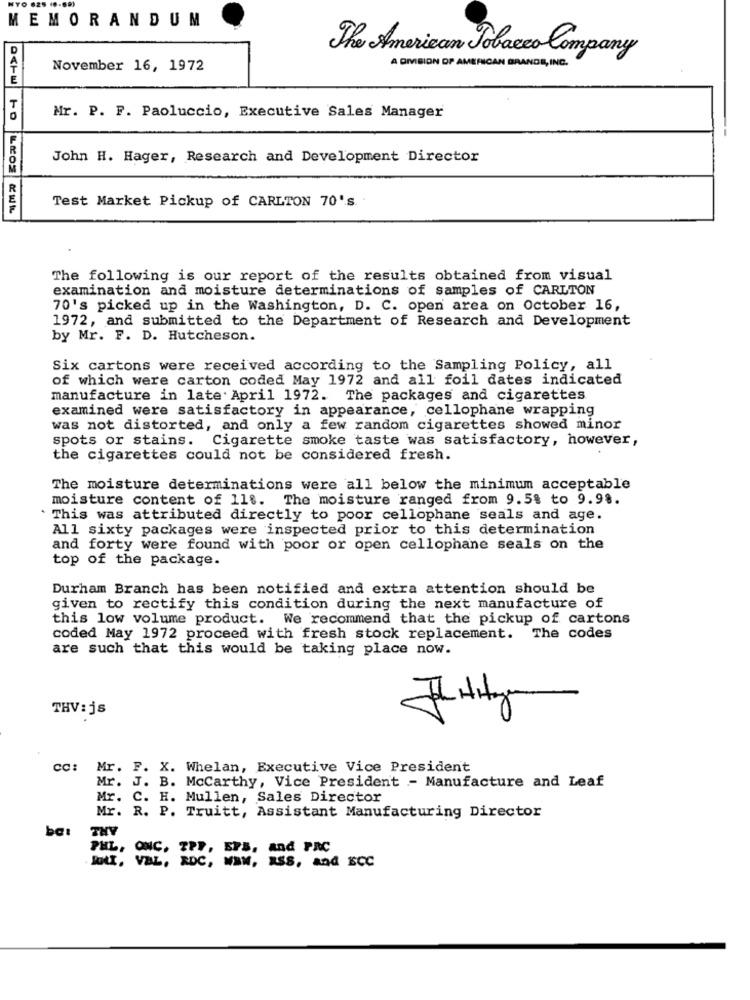
MEMORANDUM
The American Tobacco Company
November 16, 1972
A DIVISION OF AMERICAN GRANDE, INC.
Mr. P. F. Paoluccio, Executive Sales Manager
John H. Hager, Research and Development Director
Test Market Pickup of CARLTON 70's
The following is our report of the results obtained from visual
examination and moisture determinations of samples of CARLTON
70's picked up in the Washington, D. C. open area on October 16,
1972, and submitted to the Department of Research and Development
by Mr. F. D. Hutcheson.
Six cartons were received according to the Sampling Policy, all
of which were carton coded May 1972 and all foil dates indicated
manufacture in late April 1972. The packages and cigarettes
examined were satisfactory in appearance, cellophane wrapping
was not distorted, and only a few random cigarettes showed minor
spots or stains. Cigarette smoke taste was satisfactory, however,
the cigarettes could not be considered fresh.
The moisture determinations were all below the minimum acceptable
moisture content of 11%. The moisture ranged from 9.5% to 9.98.
` This was attributed directly to poor cellophane seals and age.
All sixty packages were inspected prior to this determination
and forty were found with poor or open cellophane seals on the
top of the package.
Durham Branch has been notified and extra attention should be
given to rectify this condition during the next manufacture of
this low volume product. We recommend that the pickup of cartons
coded May 1972 proceed with fresh stock replacement. The codes
are such that this would be taking place now.
THV: js
10
cc: Mr. F. X. Whelan, Executive Vice President
Mr. J. B. Mccarthy, Vice President - Manufacture and Leaf
Mr. C. H. Mullen, Sales Director
Mr. R. P. Truitt, Assistant Manufacturing Director
ba:
THY
PHIL,
ONC, IPP, EPS, and PAC
Bott, VEL, RDC, WWW, RSS, and ECC